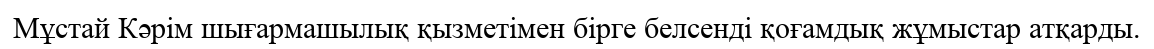
Мұстай Кәрім шығармашылық қызметімен бірге белсенді қоғамдық жұмыстар атқарды.